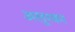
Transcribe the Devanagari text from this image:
अलुरकर